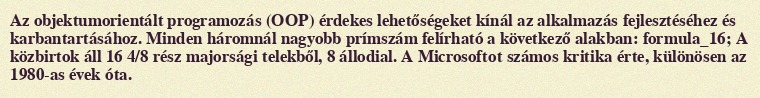
Az objektumorientált programozás (OOP) érdekes lehetőségeket kínál az alkalmazás fejlesztéséhez és karbantartásához. Minden háromnál nagyobb prímszám felírható a következő alakban: formula_16; A közbirtok áll 16 4/8 rész majorsági telekből, 8 állodial. A Microsoftot számos kritika érte, különösen az 1980-as évek óta.